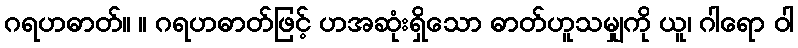
ဂရဟဓာတ်။ ။ ဂရဟဓာတ်ဖြင့် ဟအဆုံးရှိသော ဓာတ်ဟူသမျှကို ယူ၊ ဂါရော ဝါ